Vaccination report Assam 1896-1927 - 1896-1927
Year: 1896
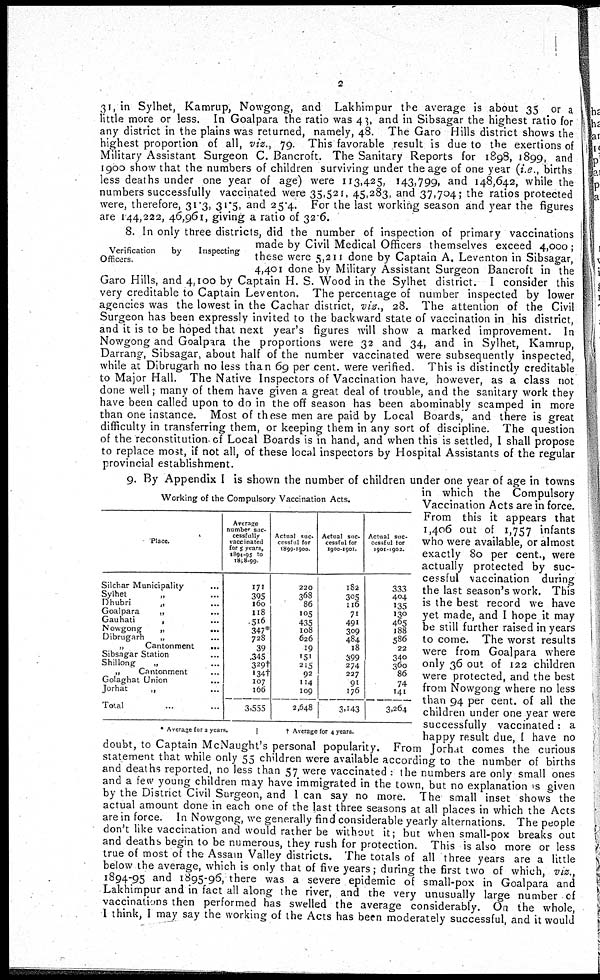
2
31, in Sylhet, Kamrup, Nowgong, and Lakhimpur the average is about 35 or a
little more or less. In Goalpara the ratio was 43, and in Sibsagar the highest ratio for
any district in the plains was returned, namely, 48. The Garo Hills district shows the
highest proportion of all, viz., 79. This favorable result is due to the exertions of
Military Assistant Surgeon C. Bancroft. The Sanitary Reports for 1898, 1899, and
1900 show that the numbers of children surviving under the age of one year (i.e., births
less deaths under one year of age) were 113,425, 143,799, and 148,642, while the
numbers successfully vaccinated were 35,521, 45,283, and 37,704; the ratios protected
were, therefore, 31.3, 31.5, and 25.4. For the last working season and year the figures
are 144,222, 46,961, giving a ratio of 32.6.
Verification
by
Inspecting
Officers.
8. In only three districts, did the number of inspection of primary vaccinations
made by Civil Medical Officers themselves exceed 4,000;
these were 5,211 done by Captain A. Leventon in Sibsagar,
4,401 done by Military Assistant Surgeon Bancroft in the
Garo Hills, and 4,100 by Captain H. S. Wood in the Sylhet district. I consider this
very creditable to Captain Leventon. The percentage of number inspected by lower
agencies was the lowest in the Cachar district, viz., 28. The attention of the Civil
Surgeon has been expressly invited to the backward state of vaccination in his district,
and it is to be hoped that next year's figures will show a marked improvement. In
Nowgong and Goalpara the proportions were 32 and 34, and in Sylhet, Kamrup,
Darrang, Sibsagar, about half of the number vaccinated were subsequently inspected,
while at Dibrugarh no less than 69 per cent. were verified. This is distinctly creditable
to Major Hall. The Native Inspectors of Vaccination have, however, as a class not
done well; many of them have given a great deal of trouble, and the sanitary work they
have been called upon to do in the off season has been abominably scamped in more
than one instance. Most of these men are paid by Local Boards, and there is great
difficulty in transferring them, or keeping them in any sort of discipline. The question
of the reconstitution of Local Boards is in hand, and when this is settled, I shall propose
to replace most, if not all, of these local inspectors by Hospital Assistants of the regular
provincial establishment.
Working of the Compulsory Vaccination Acts.
Place.
Silchar Municipality ...
Sylhet
„ ...
Dhubri
„ ...
Goalpara
„ ...
Gauhati
„ ...
Nowgong
„ ...
Dibrugarh
„ ...
„
Cantonment
...
Sibsagar Station ...
Shillong
„ ...
„
Cantonment ...
Golaghat Union ...
Jorhat
„ ...
Total ...
Average
number suc-
cessfully
vaccinated
for 5 years,
1894-95 to
1898-99.
171
395
160
118
516
347*
728
39
345
329†
134†
107
166
3,555
Actual suc-
cessful for
1899-1900.
220
368
86
105
435
108
626
19
151
215
92
114
109
2,648
Actual suc-
cessful for
1900-1901.
182
305
116
71
491
309
484
18
399
274
227
91
176
3,143
Actual suc-
cessful tor
1901-1902.
333
404
135
130
465
188
586
22
340
360
86
74
141
3,264
* Average for 2 years.
† Average for 4 years.
9. By Appendix I is shown the number of children under one year of age in towns
in which the Compulsory
Vaccination Acts are in force.
From this it appears that
1,406 out of 1,757 infants
who were available, or almost
exactly 80 per cent., were
actually protected by suc-
cessful vaccination during
the last season's work. This
is the best record we have
yet made, and I hope it may
be still further raised in years
to come. The worst results
were from Goalpara where
only 36 out of 122 children
were protected, and the best
from Nowgong where no less
than 94 per cent. of all the
children under one year were
successfully vaccinated: a
happy result due, I have no
doubt, to Captain McNaught's personal popularity. From Jorhat comes the curious
statement that while only 55 children were available according to the number of births
and deaths reported, no less than 57 were vaccinated : the numbers are only small ones
and a few young children may have immigrated in the town, but no explanation is given
by the District Civil Surgeon, and I can say no more. The small inset shows the
actual amount done in each one of the last three seasons at all places in which the Acts
are in force. In Nowgong, we generally find considerable yearly alternations. The people
don't like vaccination and would rather be without it; but when small-pox breaks out
and deaths begin to be numerous, they rush for protection. This is also more or less
true of most of the Assam Valley districts. The totals of all three years are a little
below the average, which is only that of five years; during the first two of which, viz.,
1894-95 and 1895-96, there was a severe epidemic of small-pox in Goalpara and
Lakhimpur and in fact all along the river, and the very unusually large number of
vaccinations then performed has swelled the average considerably. On the whole,
I think, I may say the working of the Acts has been moderately successful, and it would